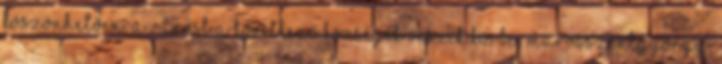
köszönhetően. A várost a következő községek veszik körbe: Marosszentgyörgy,